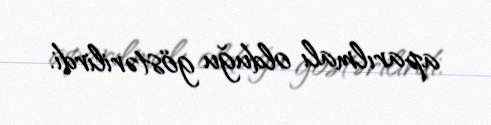
aparılmalı olduğu göstərilirdi.